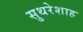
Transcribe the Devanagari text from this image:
सुथरेशाह